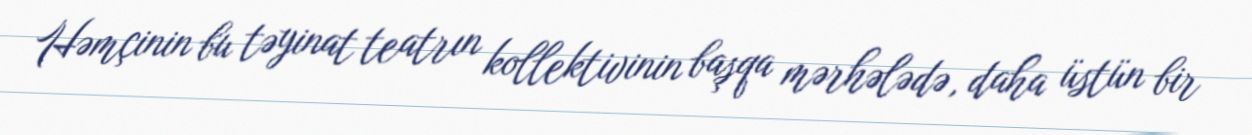
Həmçinin bu təyinat teatrın kollektivinin başqa mərhələdə, daha üstün bir